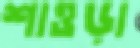
শাওড়া